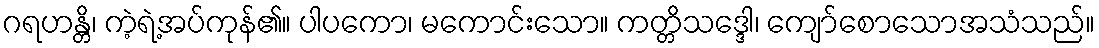
ဂရဟန္တိ၊ ကဲ့ရဲ့အပ်ကုန်၏။ ပါပကော၊ မကောင်းသော။ ကတ္တိသဒ္ဒေါ၊ ကျော်စောသောအသံသည်။